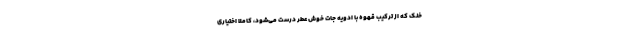
خنک که از ترکیب قهوه با ادویه جات خوش عطر درست می‌شود، کاملا اختیاری